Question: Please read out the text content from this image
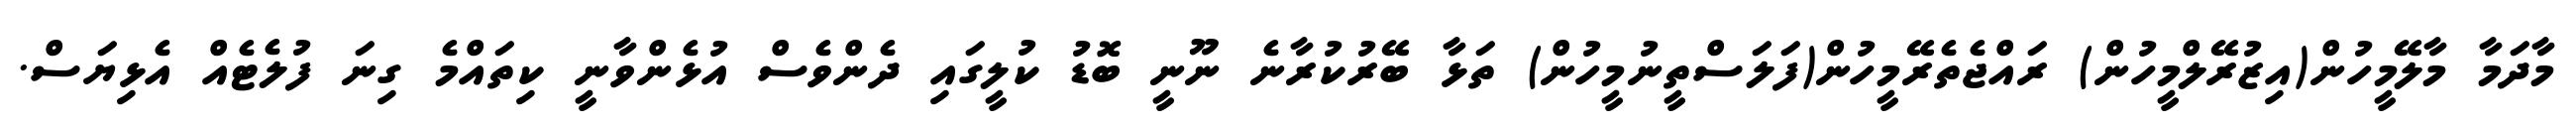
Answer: މާދަމާ މާލޭމީހުން(އިޒުރޭލްމީހުން) ރައްޖެތެރޭމީހުން(ފަލަސްތީނުމީހުން) ތަޅާ ބޭރުކުރާނެ ނޫނީ ބޮޑު ކުލީގައި ދެންވެސް އުޅެންވާނީ ކިތައްމެ ގިނަ ފުލެޓެއް އެޅިޔަސް.